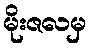
မိုးဇလမှ